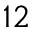
^ { 1 2 }